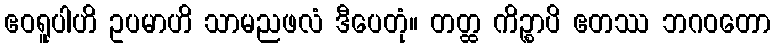
ဧဝရူပါဟိ ဥပမာဟိ သာမညဖလံ ဒီပေတုံ။ တတ္ထ ကိဉ္စာပိ ဧတဿ ဘဂဝတော